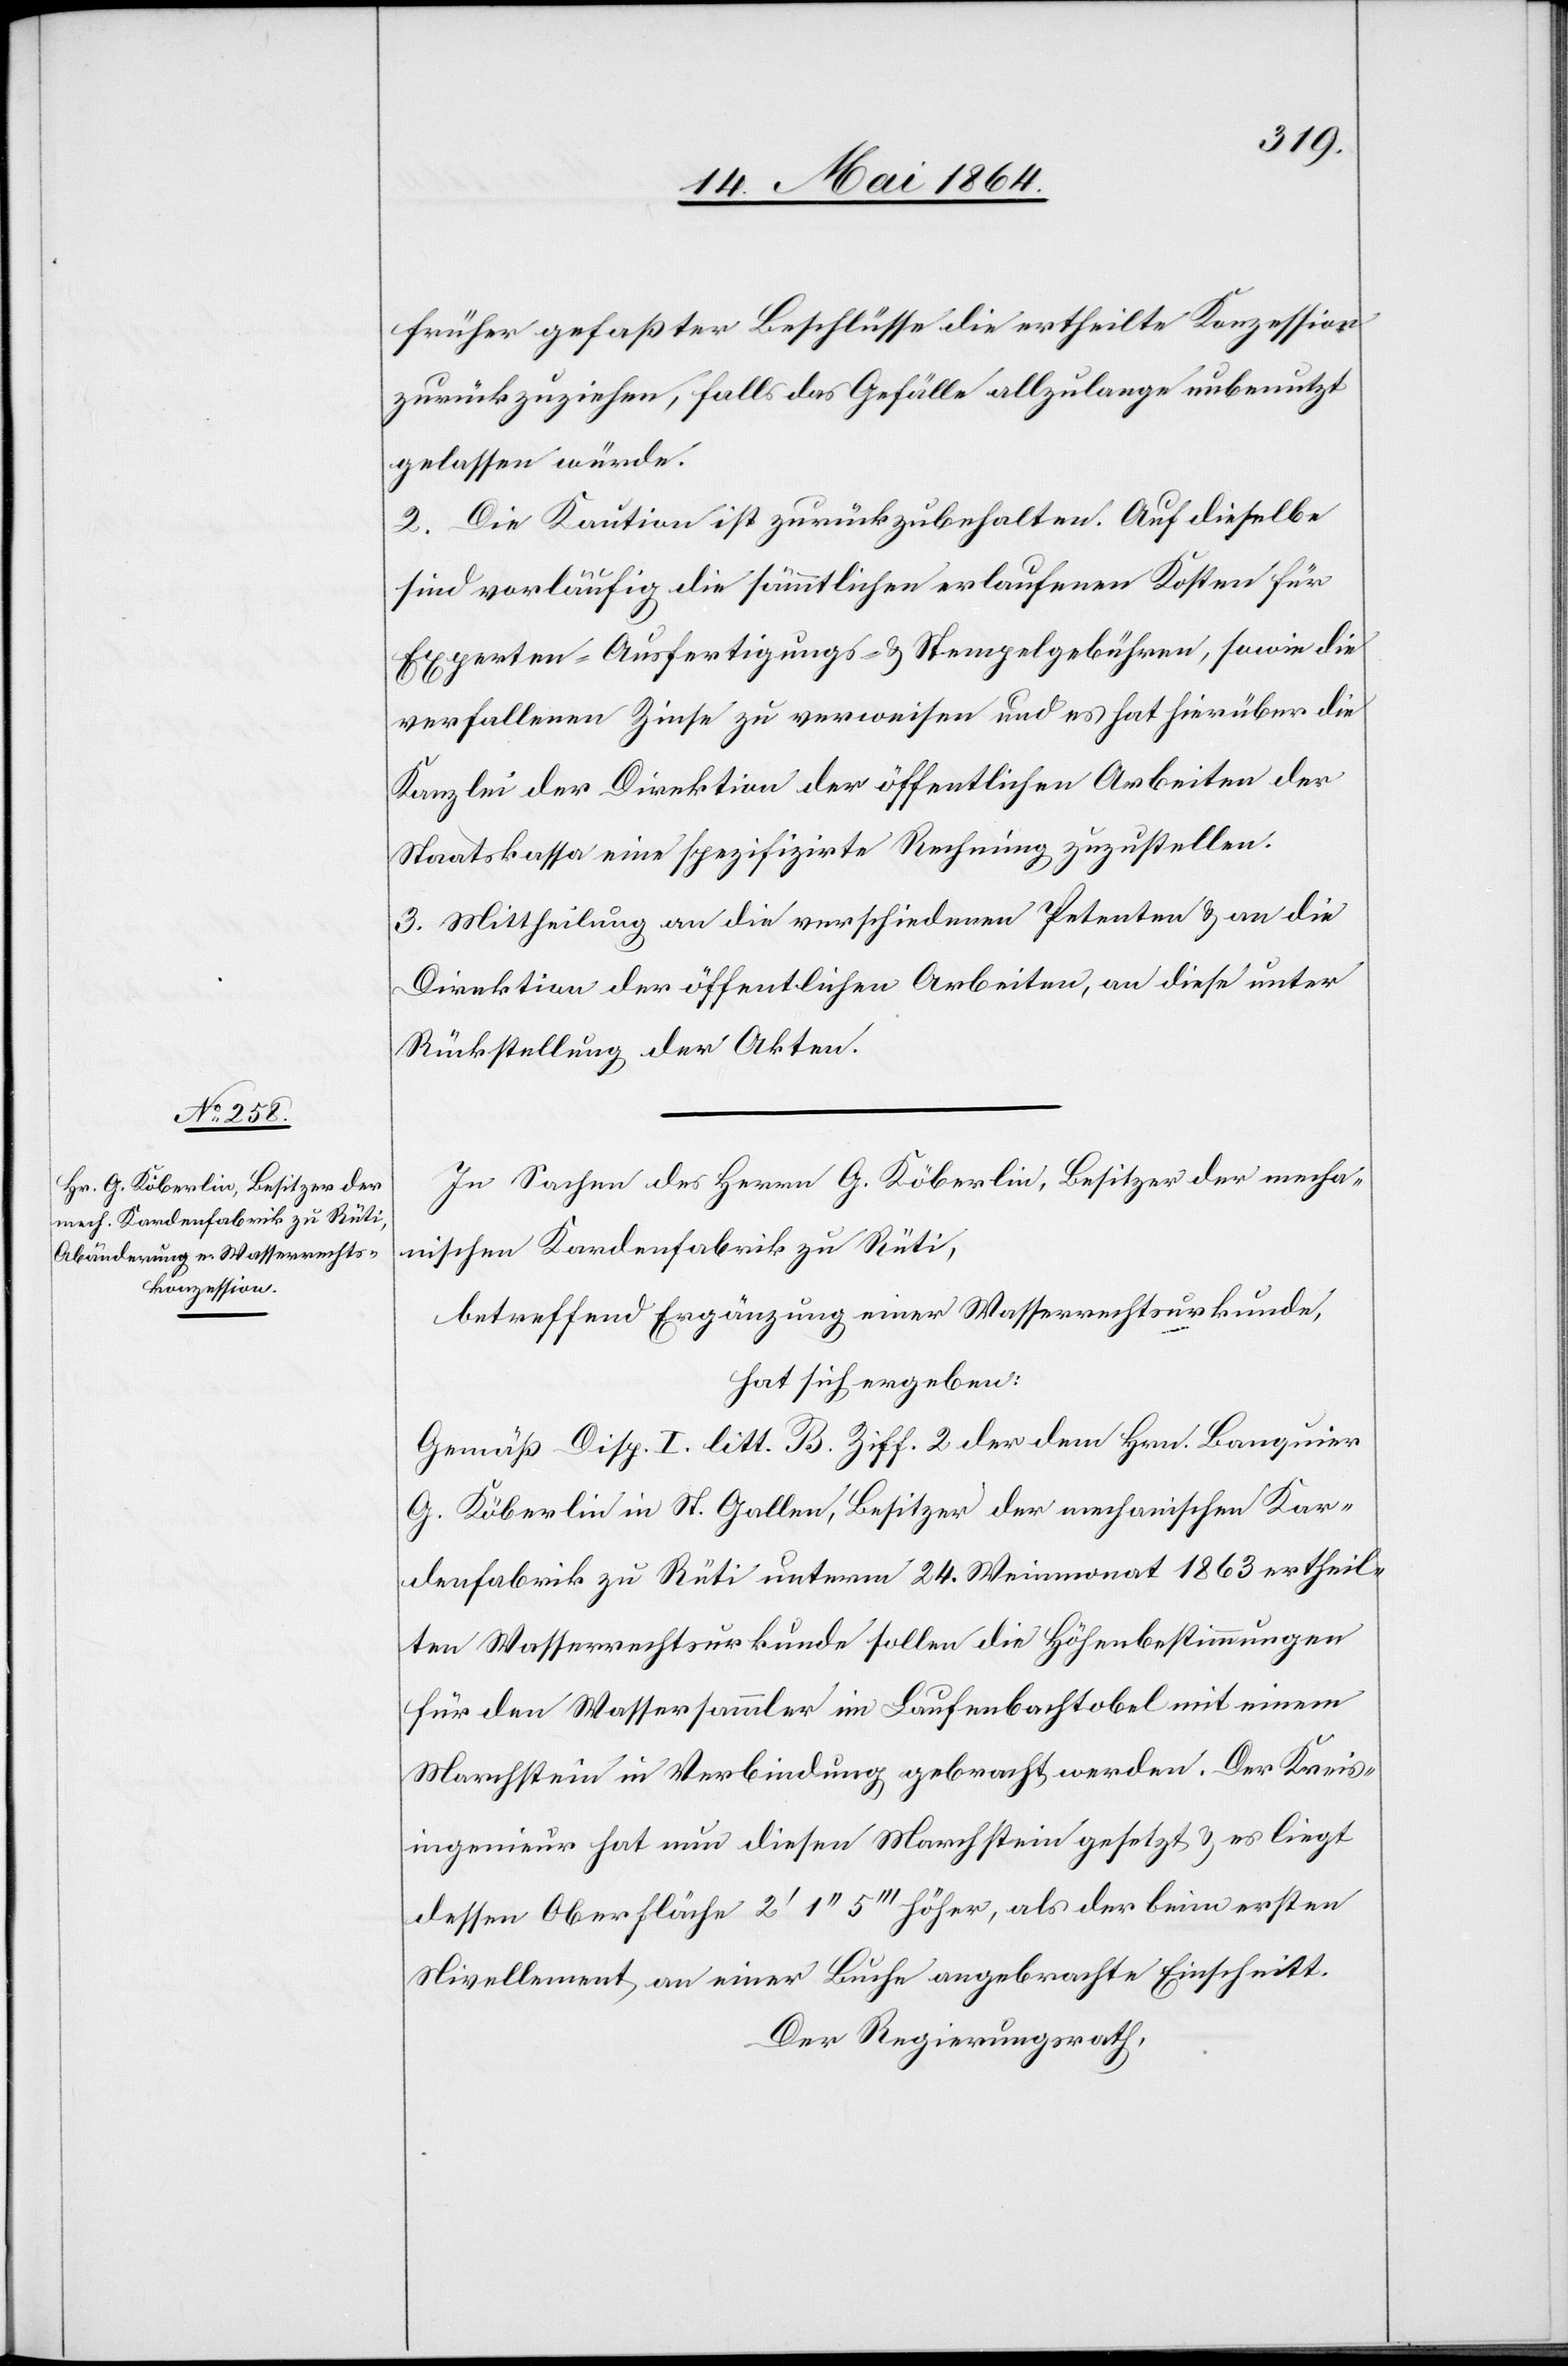
früher gefaßter Beschlüsse die ertheilte Konzession
zurückzuziehen, falls das Gefälle allzulange unbenutzt
gelassen würde.
2. Die Kaution ist zurückzubehalten. Auf dieselbe
sind vorläufig die sämmtlichen erlaufenen Kosten für
Experten-[,] Ausfertigungs- u. Stempelgebühren, sowie die
verfallenen Zinse zu verweisen und es hat hierüber die
Kanzlei der Direktion der öffentlichen Arbeiten der
Staatskassa eine spezifizirte Rechnung zuzustellen.
3. Mittheilung an die verschiedenen Petenten u. an die
Direktion der öffentlichen Arbeiten, an diese unter
Rückstellung der Akten.
In Sachen des Herrn G. Köberlin, Besitzer der mecha¬
nischen Kardenfabrik zu Rüti,
betreffend Ergänzung einer Wasserrechtsurkunde,
hat sich ergeben:
Gemäß Disp. I. litt. B. Ziff. 2 der dem Hrn. Banquier
G. Köberlin in St. Gallen, Besitzer der mechanischen Kar¬
denfabrik zu Rüti unterm 24. Weinmonat 1863 ertheil¬
ten Wasserrechtsurkunde sollen die Höhenbestimmungen
für den Wassersammler im Laufenbachtobel mit einem
Marchstein in Verbindung gebracht werden. Der Kreis¬
ingenieur hat nun diesen Marchstein gesetzt u. es liegt
dessen Oberfläche 2’ 1’’ 5’’’ höher, als der beim ersten
Nivellement an einer Buche angebrachte Einschnitt.
Der Regierungsrath,